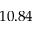
1 0 . 8 4